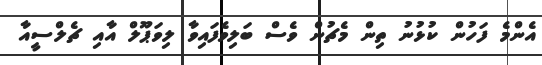
އެންމެ ފަހުން ކުޅުނު ތިން މެޗުން ވެސް ބަލިވެފައިވާ ލިވަޕޫލް އާއި ޗެލްސީއާ